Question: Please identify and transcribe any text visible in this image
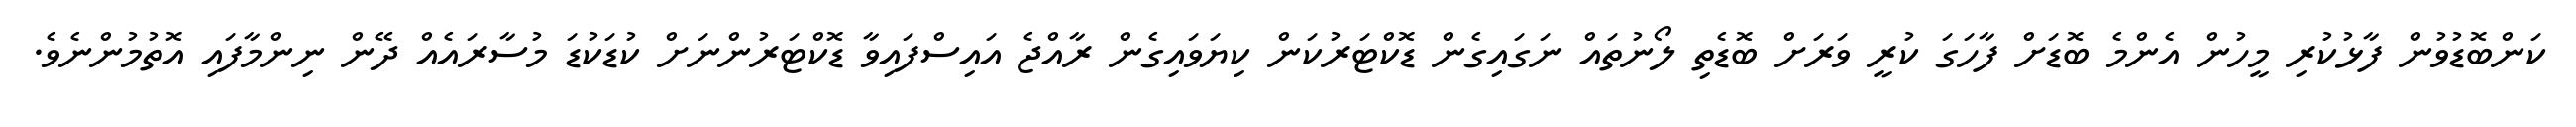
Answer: ކަންބޮޑުވުން ފާޅުކުރި މީހުން އެންމެ ބޮޑަށް ފާހަގަ ކުރީ ވަރަށް ބޮޑެތި ލޯނުތައް ނަގައިގެން ޑޮކްޓަރުކަން ކިޔަވައިގެން ރާއްޖެ އައިސްފައިވާ ޑޮކްޓަރުންނަށް ކުޑަކުޑަ މުސާރައެއް ދޭން ނިންމާފައި އޮތުމުންނެވެ.